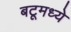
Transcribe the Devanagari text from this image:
बटूमध्ये